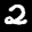
Label: 2